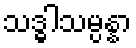
သဒ္ဓါသမ္ပန္နာ